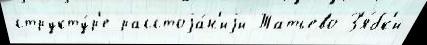
структу́р'е расстоjа́н'иjи Татьево З'я́бк'и